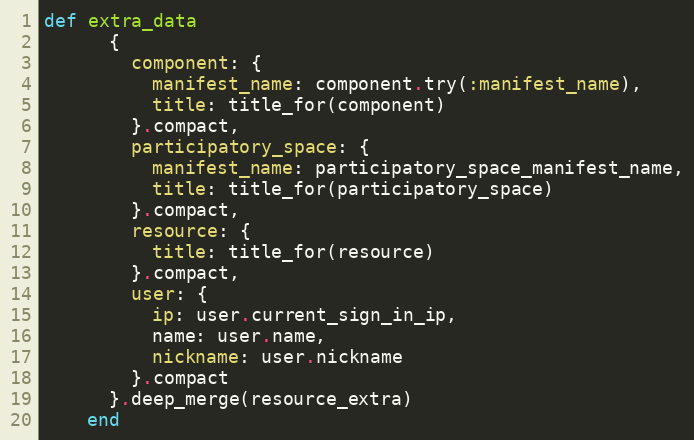
Language: Ruby
def extra_data
      {
        component: {
          manifest_name: component.try(:manifest_name),
          title: title_for(component)
        }.compact,
        participatory_space: {
          manifest_name: participatory_space_manifest_name,
          title: title_for(participatory_space)
        }.compact,
        resource: {
          title: title_for(resource)
        }.compact,
        user: {
          ip: user.current_sign_in_ip,
          name: user.name,
          nickname: user.nickname
        }.compact
      }.deep_merge(resource_extra)
    end